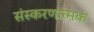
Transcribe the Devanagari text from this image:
संस्करणात्मक